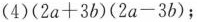
(4)$$( 2 a + 3 b ) ( 2 a - 3 b )$$；